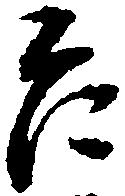
乍